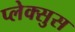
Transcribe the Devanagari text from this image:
प्लेक्सुस